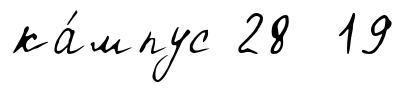
ка́мпус 28 19